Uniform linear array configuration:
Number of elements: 24
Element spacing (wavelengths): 0.75
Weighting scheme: binomial
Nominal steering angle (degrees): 15
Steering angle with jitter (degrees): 13.227
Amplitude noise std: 0.05
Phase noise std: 0.05

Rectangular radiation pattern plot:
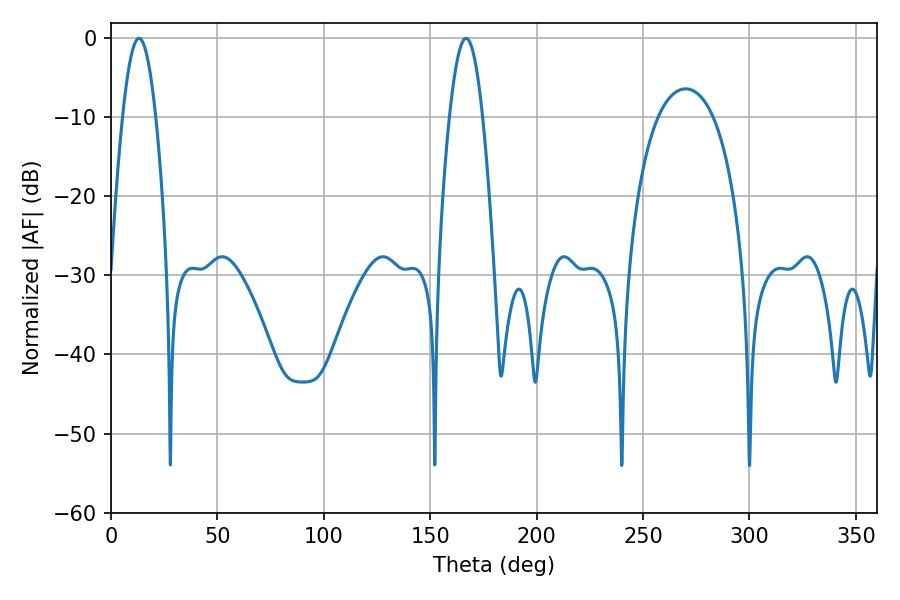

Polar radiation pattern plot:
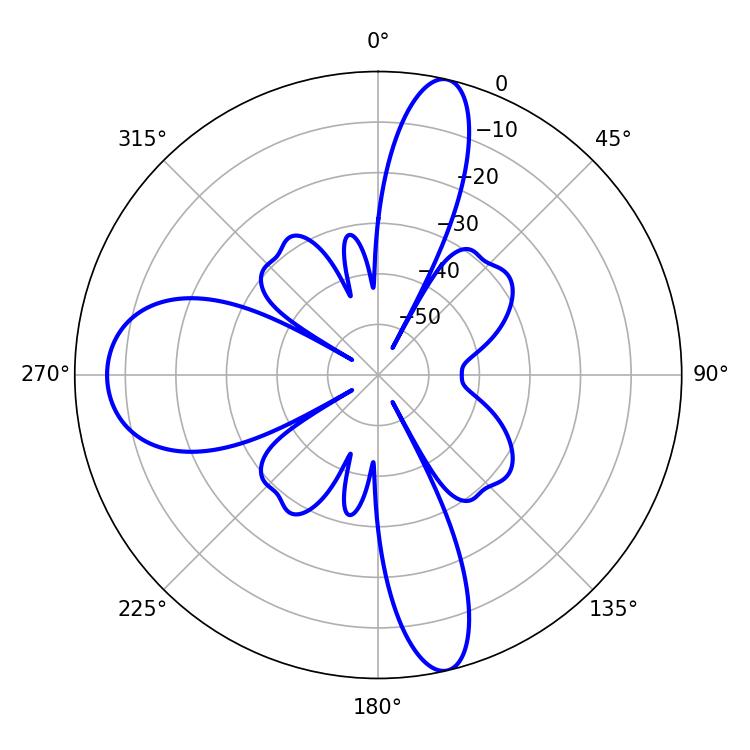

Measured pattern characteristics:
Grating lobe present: TRUE
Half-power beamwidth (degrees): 8.46
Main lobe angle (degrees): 13.14